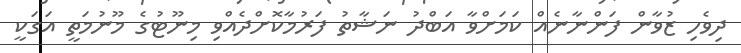
ދިވެހި ޒުވާން ފަންނާނެއް ކަމަށްވާ އަބްދު ނަޝާތު ފަރުމާކޮށްދެއްވި މިނޫޓުގެ މޫނުމަތީ އަގަކީ